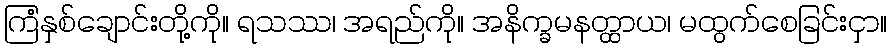
ကြံနှစ်ချောင်းတို့ကို။ ရသဿ၊ အရည်ကို။ အနိက္ခမနတ္ထာယ၊ မထွက်စေခြင်းငှာ။